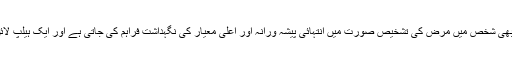
انہوں نے کہا کہ تمام طبی خدمات مفت میں دی جا رہی ہیں اور کسی بھی شخص میں مرض کی تشخیص صورت میں انتہائی پیشہ ورانہ اور اعلی معیار کی نگہداشت فراہم کی جاتی ہے اور ایک ہیلپ لائن بھی قائم کر دی گئی ہے جو دن رات تمام معلومات فراہم کر تی ہے۔